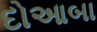
દોઆબા